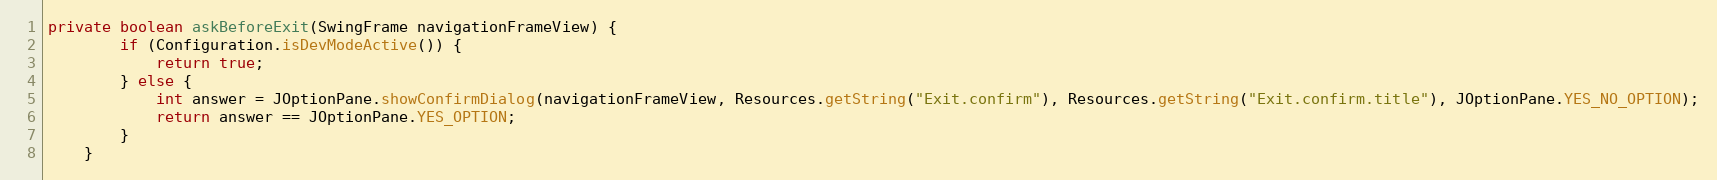
Language: Java
private boolean askBeforeExit(SwingFrame navigationFrameView) {
		if (Configuration.isDevModeActive()) {
			return true;
		} else {
			int answer = JOptionPane.showConfirmDialog(navigationFrameView, Resources.getString("Exit.confirm"), Resources.getString("Exit.confirm.title"), JOptionPane.YES_NO_OPTION);
			return answer == JOptionPane.YES_OPTION;
		}
	}